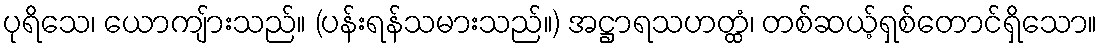
ပုရိသေ၊ ယောကျ်ားသည်။ (ပန်းရန်သမားသည်။) အဋ္ဌာရသဟတ္ထံ၊ တစ်ဆယ့်ရှစ်တောင်ရှိသော။